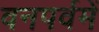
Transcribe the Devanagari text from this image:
वनपर्वमें